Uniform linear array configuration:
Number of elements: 16
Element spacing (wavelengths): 0.75
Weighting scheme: hamming
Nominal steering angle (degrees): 45
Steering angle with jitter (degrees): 46.458
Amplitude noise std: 0.05
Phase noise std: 0.05

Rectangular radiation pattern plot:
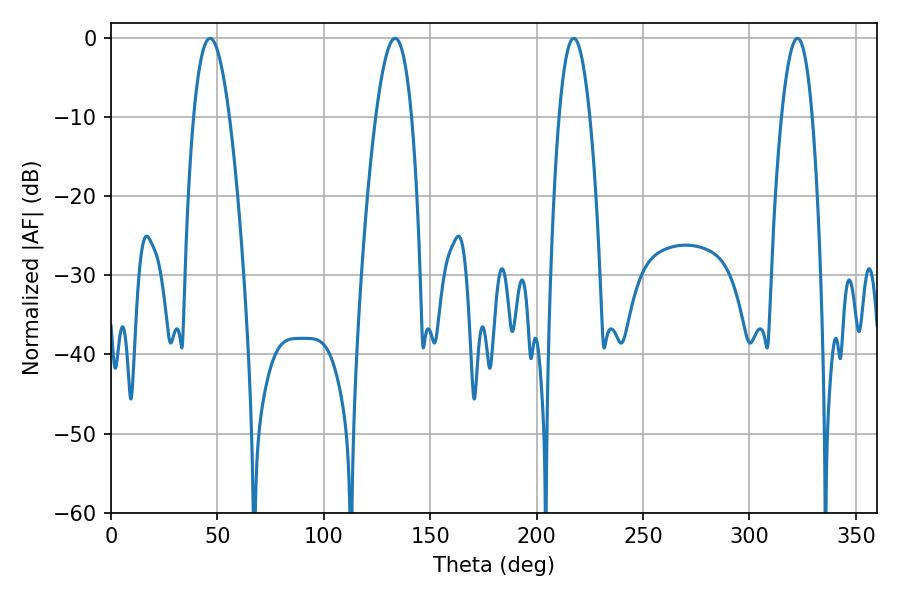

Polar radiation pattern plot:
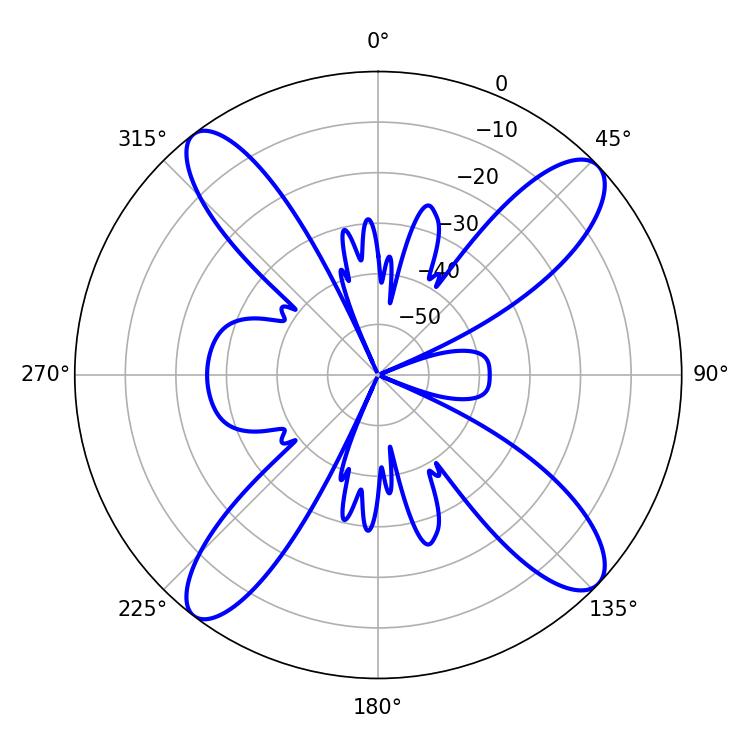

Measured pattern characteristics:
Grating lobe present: TRUE
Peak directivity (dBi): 14.58
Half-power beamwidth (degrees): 8.1
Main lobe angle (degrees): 322.56